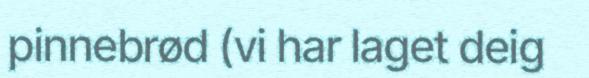
pinnebrød (vi har laget deig